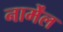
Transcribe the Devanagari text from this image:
नार्मेंल